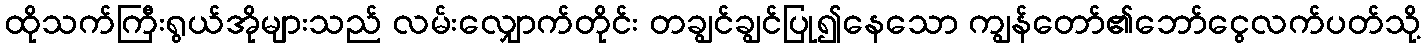
ထိုသက်ကြီးရွယ်အိုများသည် လမ်းလျှောက်တိုင်း တချွင်ချွင်ပြု၍နေသော ကျွန်တော်၏ဘော်ငွေလက်ပတ်သို့